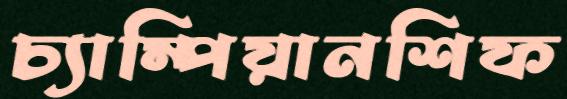
চ্যাম্পিয়ানশিফ